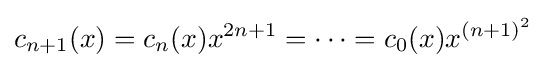
c_{n+1}(x)=c_{n}(x)x^{2n+1}=\dots =c_{0}(x)x^{(n+1)^{2}}